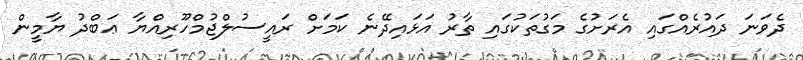
ދެވަނަ ދައުރެއްގައި އެރަށުގެ މަގުތަކުގައި ތާރު އަޅައިދޭނެ ކަމަށް ރައީސުލްޖުމްހޫރިއްޔާ ޢަބްދު ޔާމީން